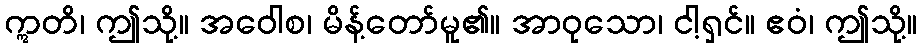
ဣတိ၊ ဤသို့။ အဝေါစ၊ မိန့်တော်မူ၏။ အာဝုသော၊ ငါ့ရှင်။ ဧဝံ၊ ဤသို့။